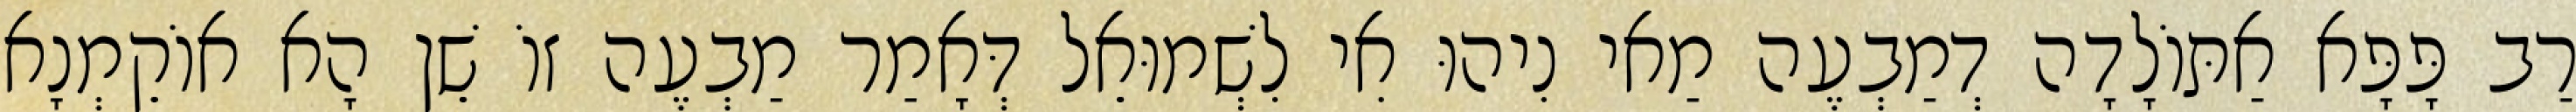
רַב פָּפָּא אַתּוֹלָדָה דְמַבְעֶה מַאי נִיהוּ אִי לִשְׁמוּאֵל דְּאָמַר מַבְעֶה זוֹ שֵׁן הָא אוֹקֵמְנָא